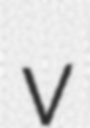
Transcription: v